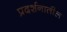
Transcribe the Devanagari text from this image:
प्रदर्शनातील